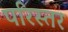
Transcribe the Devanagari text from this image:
परिस्तर